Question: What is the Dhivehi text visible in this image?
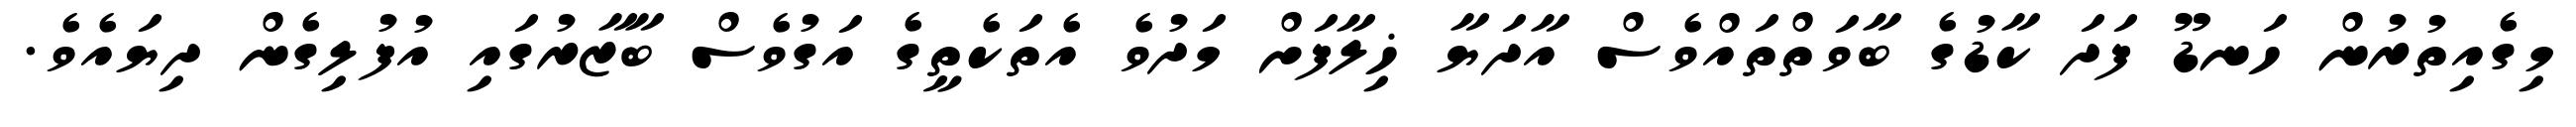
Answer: މިގެއިތުރުން ހަނޑޫ ފަދަ ކާޑުގެ ބާވަތްތައްވެސް އާދަޔާ ޚިލާފަށް މަދުވެ އެތަކެތީގެ އަގުވެސް ބާޒާރުގައި އުފުލިގެން ދިޔައެވެ.